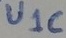
Text: U1C